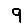
Digit: 9